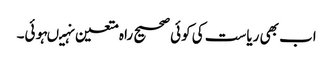
اب بھی ریاست کی کوئی صحیح راہ متعین نہیںہوئی۔